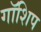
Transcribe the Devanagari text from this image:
गॉशिप